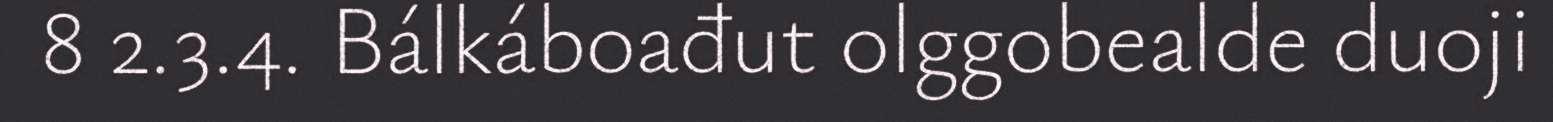
8 2.3.4. Bálkáboađut olggobealde duoji